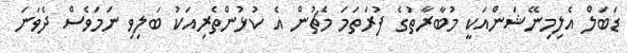
ޑަބަލް އެލިމިނޭޝަންއަކީ މުބާރާތުގެ ފުރަތަމަ މެޗުން އެ ކުޅުންތެރިއަކު ބަލިވި ނަމަވެސް ދެވަނަ